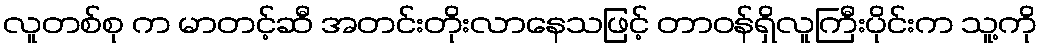
လူတစ်စု က မာတင့်ဆီ အတင်းတိုးလာနေသဖြင့် တာဝန်ရှိလူကြီးပိုင်းက သူ့ကို